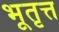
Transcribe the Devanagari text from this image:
भूतृत्त